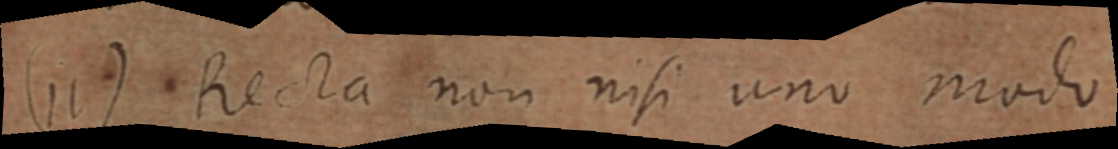
(11) Recta non nisi uno modo